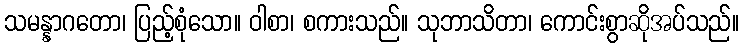
သမန္နာဂတော၊ ပြည့်စုံသော။ ဝါစာ၊ စကားသည်။ သုဘာသိတာ၊ ကောင်းစွာဆိုအပ်သည်။